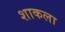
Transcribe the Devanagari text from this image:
शाकला